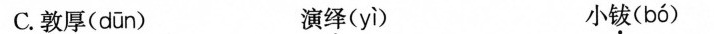
C.敦厚( dūn ) 演绎( yì ) 小钹( bó )